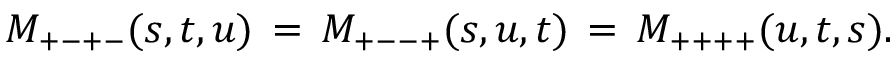
{ \cal M } _ { + - + - } ( s , t , u ) \, = \, { \cal M } _ { + -- + } ( s , u , t ) \, = \, { \cal M } _ { + + + + } ( u , t , s ) .